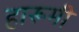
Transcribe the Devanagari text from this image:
हारूमी